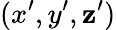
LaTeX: (x^{\prime},y^{\prime},\mathbf{z}^{\prime})